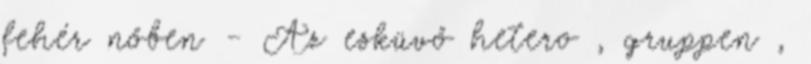
fehér nőben - Az esküvő hetero , gruppen ,